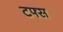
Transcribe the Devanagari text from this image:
टफ्स